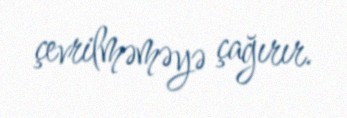
çevrilməməyə çağırır.